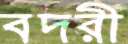
বদরী